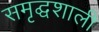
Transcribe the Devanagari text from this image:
समृद्घशाली